Report of the Hyderabad Chloroform Commission
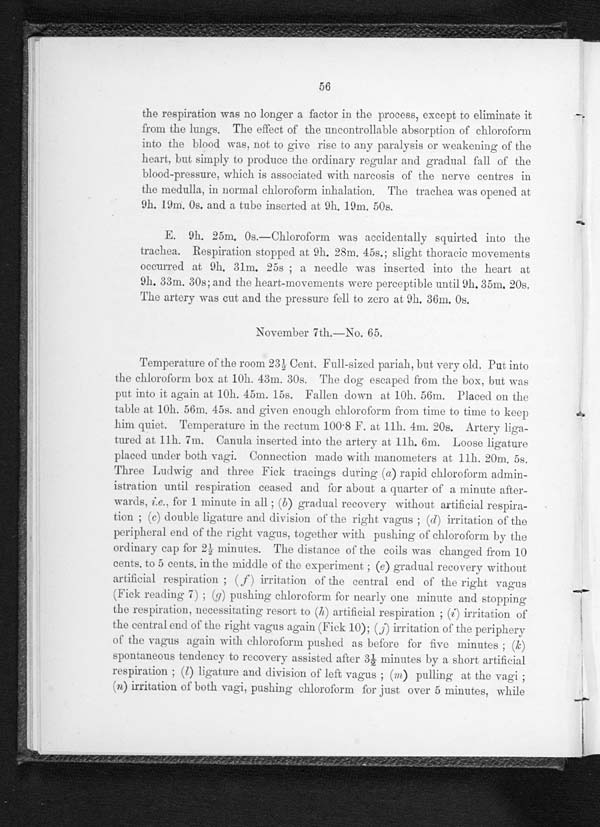
the respiration was no longer a factor in the process, except to eliminate it
from the lungs. The effect of the uncontrollable absorption of chloroform
into the blood was, not to give rise to any paralysis or weakening of the
heart, but simply to produce the ordinary regular and gradual fall of the
blood-pressure, which is associated with narcosis of the nerve centres in
the medulla, in normal chloroform inhalation. The trachea was opened at
9h. 19m, 0s. and a tube inserted at 9h. 19m, 50s.
E. 9h. 25m, 0s.—Chloroform was accidentally squirted into the
trachea. Respiration stopped at 9h. 28m, 45s.; slight thoracic movements
o c c u r r e d a t 9 h . 3 1 m . 2 5 s ; a n e e d l e w a s i n s e r t e d i n t o t h e h e a r t a t
9h. 33m. 30s; and the heart-movements were perceptible until 9h. 35m. 20s.
The artery was cut and the pressure fell to zero at 9h. 36m. 0s.
November 7th.—No. 65.
Temperature of the room 23½ Cent. Full-sized pariah, but very old. Put into
the chloroform box at 10h. 43m. 30s. The dog escaped from the box, butw a s
put into it again at 10h. 45m. 15s. Fallen down at 10h. 56m. Placed on the
table at 10h. 56m. 45s. and given enough chloroform from time to time to keep
him quiet. Temperature in the rectum 100 . 8 F. at 11h. 4m. 20s. Artery liga-
t ured at 11h. 7m. Canul a i nsert ed i nt o t he art ery at 11h. 6m. Loose l i gat ure
placed under both vagi. Connection made with manometers at 11h. 20m. 5s,
Three Ludwig and. three Fick tracings during ( a ) rapid chloroform admin-
istration until respiration ceased and for about a quarter of a minute after-
wards, i.e.. for 1 minute in ; (b) gradual recovery without artificial respira-
tion ; (c) double ligature and division of the right vagus ; (d) irritation of the
peripheral end of the right vagus. together with pushing of chloroform by the
ordinary cap for 2½ minutes. The distance of the coils was changed from 10
cents, to 5 cents. in the middle of the experiment ; (e) gradual recovery without
artificial respiration ; (f) irritation of the central end of the right vagus
(Fick. reading 7 ) ; (g) pushing chloroform for nearly one minute and stopping
the respiration, necessitating resort to (h) artificial respiration ; (i ) i r r i t a t i o n o f
the central end of the right vagus again (F ick 10); ( ,j ) irritation of the periphery
of the vagus again with chldoroform pushed as before for five minutes ;( k )
spontaneous tendency to recovery assisted after 3½ minutes by a short artificial
respiration ; ( l ) ligature and division of left vagus ; (m ) pulling at the vagi ;
( n) irritation of both vagi, pushing chloroform for just over 5 minutes, while